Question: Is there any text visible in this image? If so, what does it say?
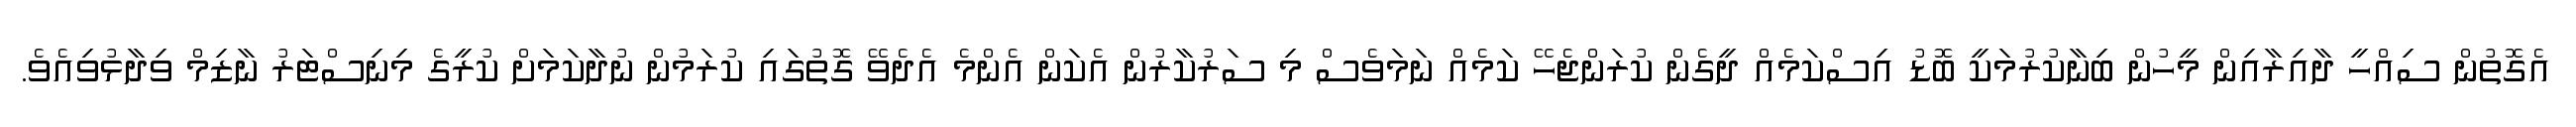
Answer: އެގޮތުން ސިއްހީ ދާއިރާއިން މީހުން ބިނާކުރުމަކީ ބޮޑު އިސްކަމެއް ދީގެން ކުރަންޖެހޭ ކަމެއް ނަމަވެސް މި ސަރުކާރުން އެކަން އެންމެ އެދެވޭ ގޮތުގައި ކުރަމުން ނުދާކަމަށް ކުރީގެ މިނިސްޓަރު ނާޒިމް ވިދާޅުވިއެވެ.